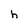
Character: h